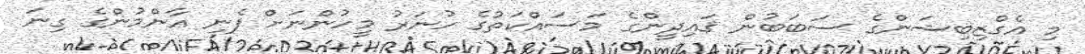
މި އެގްޒިބިޝަންގެ ސަބަބުން ޤައިދީންގެ މަސައްކަތުގެ ހުނަރު މީހުންނަށް ފެނި އާންމުންގެ ގިނަ